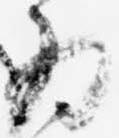
為